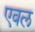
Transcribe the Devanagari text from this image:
एवल